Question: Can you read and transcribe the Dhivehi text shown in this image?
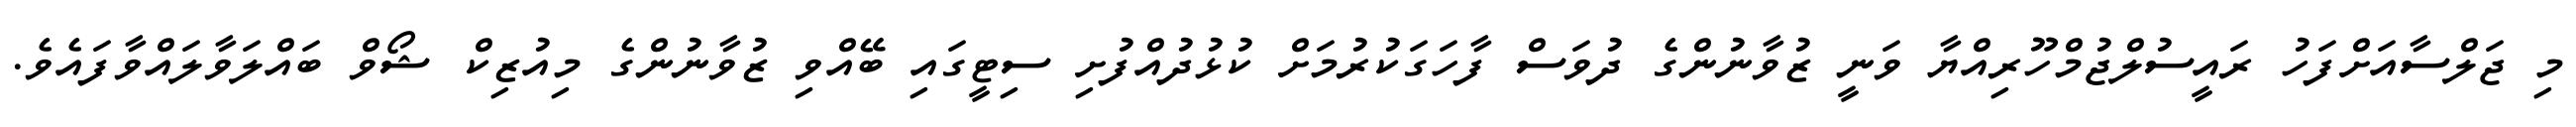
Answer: މި ޖަލްސާއަށްފަހު ރައީސުލްޖުމްހޫރިއްޔާ ވަނީ ޒުވާނުންގެ ދުވަސް ފާހަގަކުރުމަށް ކުޅުދުއްފުށި ސިޓީގައި ބޭއްވި ޒުވާނުންގެ މިއުޒިކް ޝޯވް ބައްލަވާލައްވާފައެވެ.